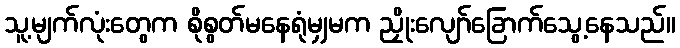
သူ့မျက်လုံးတွေက စိုစွတ်မနေရုံမျှမက ညှိုးလျော်ခြောက်သွေ့နေသည်။